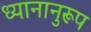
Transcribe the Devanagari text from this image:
ध्यानानुरूप